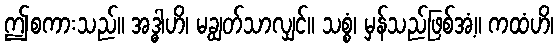
ဤစကားသည်။ အဒ္ဓါဟိ၊ မချွတ်သာလျှင်။ သစ္စံ၊ မှန်သည်ဖြစ်အံ့။ ကထံဟိ၊